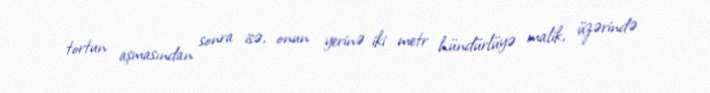
tortun aşmasından sonra isə, onun yerinə iki metr hündürlüyə malik, üzərində